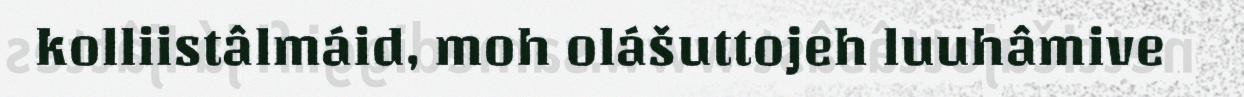
kolliistâlmáid, moh olášuttojeh luuhâmive